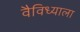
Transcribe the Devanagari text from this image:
वैविध्याला